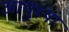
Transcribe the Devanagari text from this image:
आयुध्या